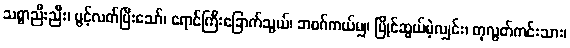
သစ္စာညီးညီး၊ ပွင့်လတ်ပြီးသော်၊ ရောင်ကြီးခြောက်သွယ်၊ ဘဝဂ်ကယ်မျှ၊ ပြိုင်ဆွယ်မဲ့လျှင်း၊ တုလွတ်ကင်းသား၊